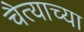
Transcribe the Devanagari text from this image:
चैत्याच्या